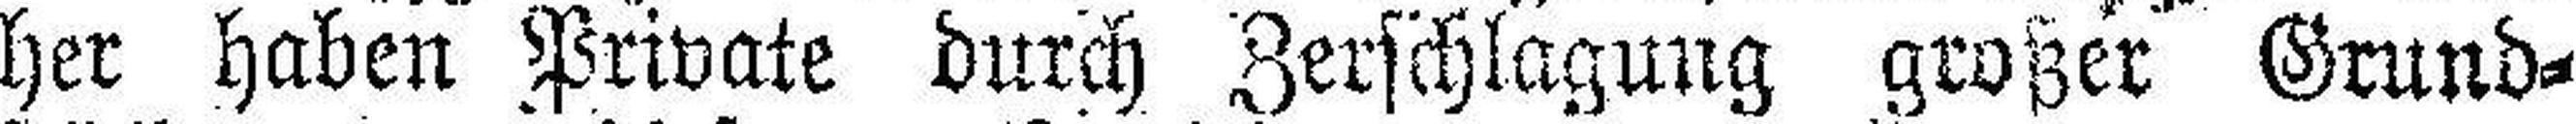
her haben Private durch Zerschlagung großer Grund¬